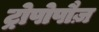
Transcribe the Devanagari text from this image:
ट्रोपोपौज़